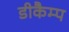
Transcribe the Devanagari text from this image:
डीकैम्प